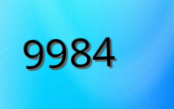
9984